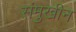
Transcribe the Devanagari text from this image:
संमुखीन